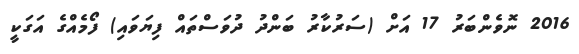
2016 ނޮވެންބަރު 17 އަށް (ސަރުކާރު ބަންދު ދުވަސްތައް ފިޔަވައި) ފޯމެއްގެ އަގަކީ